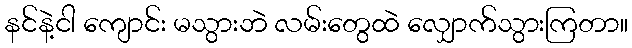
နင်နဲ့ငါ ကျောင်း မသွားဘဲ လမ်းတွေထဲ လျှောက်သွားကြတာ။